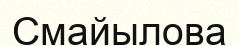
Смайылова